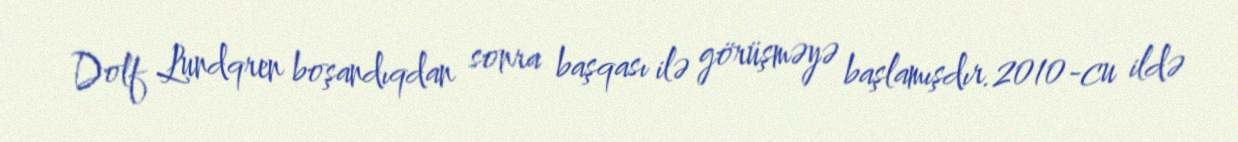
Dolf Lundqren boşandıqdan sonra başqası ilə görüşməyə başlamışdır.2010-cu ildə